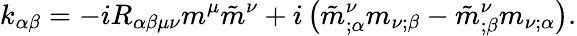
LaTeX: k_{\alpha\beta}=-iR_{\alpha\beta\mu\nu}m^{\mu}\tilde{m}^{\nu}+i\left(\tilde{m}_{;\alpha}^{\nu}m_{\nu;\beta}-\tilde{m}_{;\beta}^{\nu}m_{\nu;\alpha}\right).